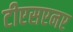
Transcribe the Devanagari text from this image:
टीएसएनए